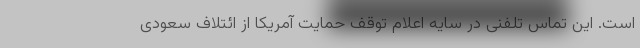
است. این تماس تلفنی در سایه اعلام توقف حمایت آمریکا از ائتلاف سعودی